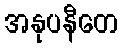
အနုပနီတေ